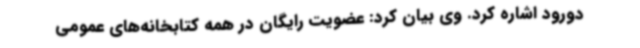
دورود اشاره کرد. وی بیان کرد: عضویت رایگان در همه کتابخانه‌های عمومی